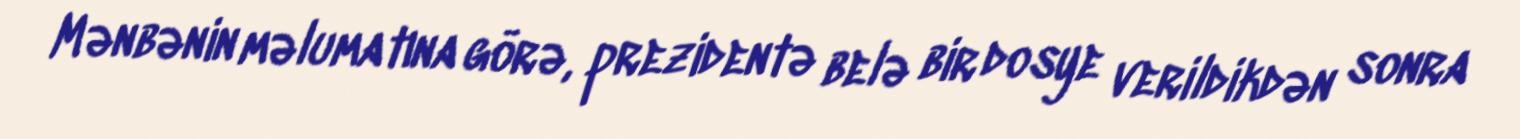
Mənbənin məlumatına görə, prezidentə belə bir dosye verildikdən sonra